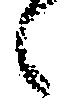
々